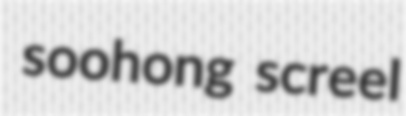
soohong screel